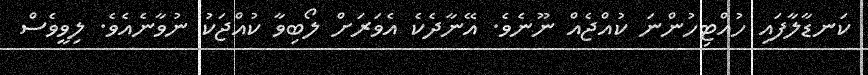
ކަނޑާލާފައި ހުއްޓިހުންނަ ކުއްޖެއް ނޫނެވެ. އޭނާދެކެ އެވަރަށް ލޯބިވާ ކުއްޖަކު ނުވާނެއެވެ. ލިވީވެސް